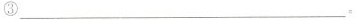
③___：